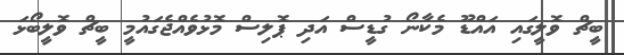
ބީޗް ވޮލީގައި އައްޑޫ މެކާނޯ ގުޑީސް އަދި ޕޮލިސް މޮޅުވެއްޖެގައުމީ ބީޗް ވޮލީބޯޅަ